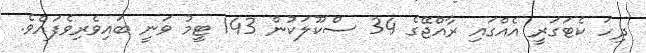
ދިހަ ކެޓަގަރީ އެއްގައި ރާއްޖޭގެ 34 ސްކޫލަކުން 143 ޓީމު ވަނީ ބައިވެރިވެފައެވެ.